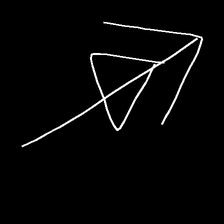
Glyph: pull